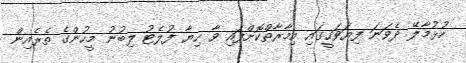
ހުޅުމާލޭ ދެވަނަ ފިޔަވަހީގައި އިމާރާތްކޮށްފައި ވާ ހިޔާ ފުލެޓު ލިބުނު މީހުންގެ ތެރެއިން